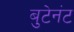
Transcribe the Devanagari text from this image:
बुटेनंट